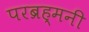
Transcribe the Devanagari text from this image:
परब्रह्मनी